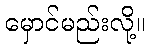
မှောင်မည်းလို့။